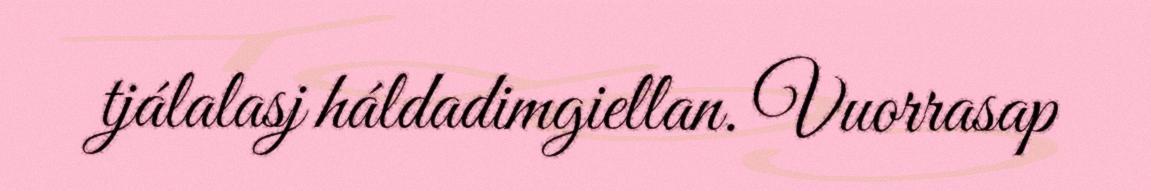
tjálalasj háldadimgiellan. Vuorrasap